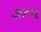
૭૪૫